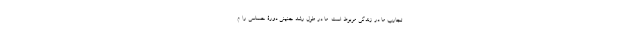
تجارب ما در زندگی مربوط است. ما در طول رشدِ جنینی دورۀ حساسی را م